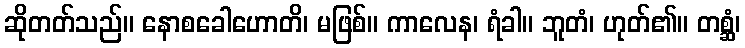
ဆိုတတ်သည်။ နောစခေါဟောတိ၊ မဖြစ်။ ကာလေန၊ ရံခါ။ ဘူတံ၊ ဟုတ်၏။ တစ္ဆံ၊